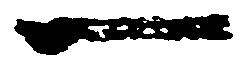
一